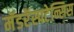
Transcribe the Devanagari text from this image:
मॅडरॅस्पटेन्सिस